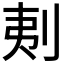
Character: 𠜁